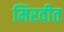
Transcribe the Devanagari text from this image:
मिरवीत